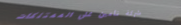
شركة تأمين على الممتلكات